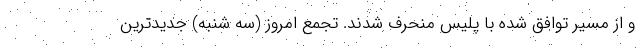
و از مسیر توافق شده با پلیس منحرف شدند. تجمع امروز (سه شنبه) جدیدترین